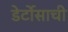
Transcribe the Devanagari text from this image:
डेर्टोसाची